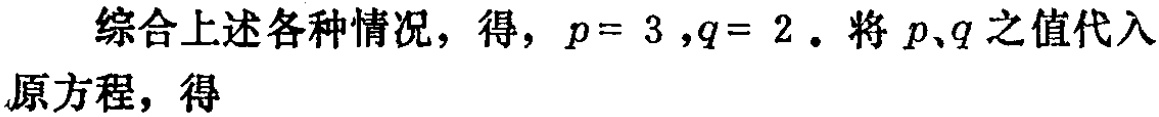
综合上述各种情况，得，\(p = 3\)，\(q = 2\)。将 \(p\)、\(q\) 之值代入原方程，得